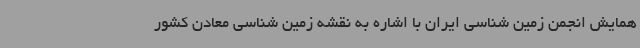
همایش انجمن زمین شناسی ایران با اشاره به نقشه زمین شناسی معادن کشور